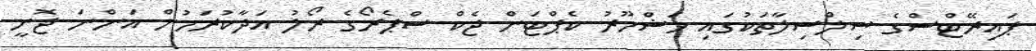
ޕައިރޭޓްސްގެ ސިލްސިލާތަކުގައި މަޝްހޫރު ކެޕްޓަން ޖެކް ސްޕެރޯގެ ރޯލު އަދާކުރަމުން އަންނަ ޖޮނީ